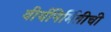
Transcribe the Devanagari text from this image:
वीर्यनिर्मितीची